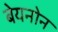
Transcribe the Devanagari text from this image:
बेयनोन